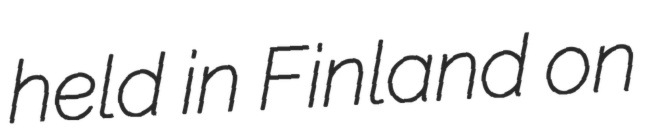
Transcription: held in Finland on